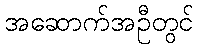
အဆောက်အဦတွင်